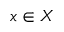
x \in X